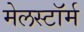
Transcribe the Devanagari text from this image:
मेलस्टाॅर्म